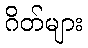
ဂိတ်များ